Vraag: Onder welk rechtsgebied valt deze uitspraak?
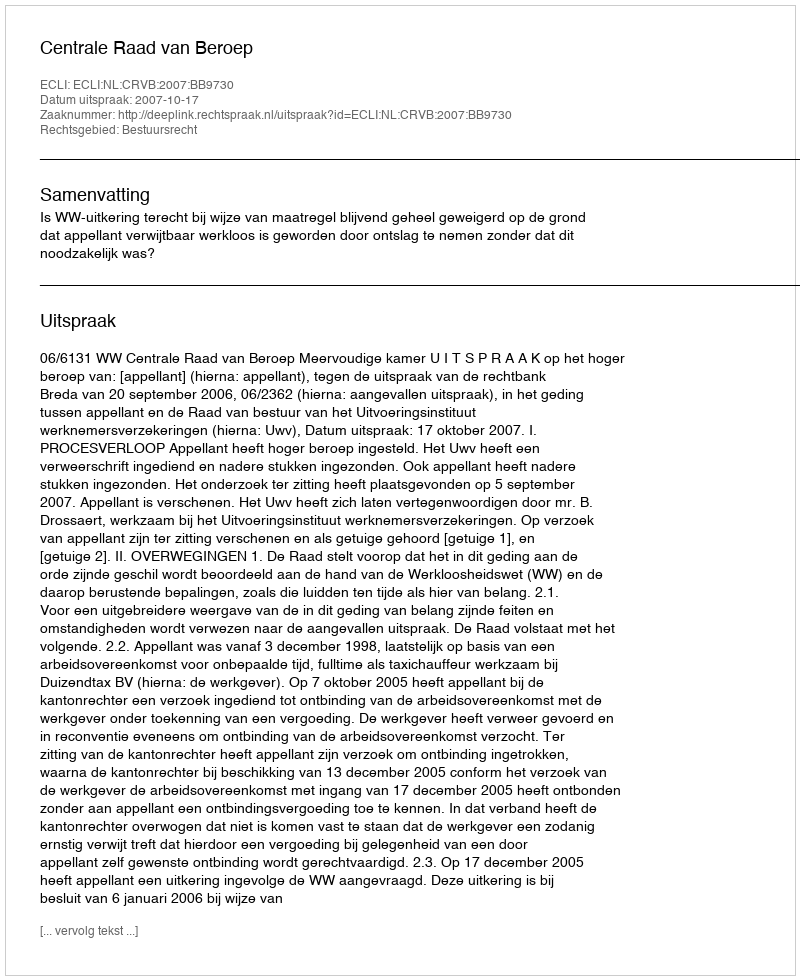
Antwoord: Bestuursrecht